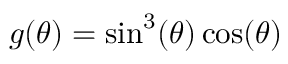
g ( \theta ) = \sin ^ { 3 } ( \theta ) \cos ( \theta )